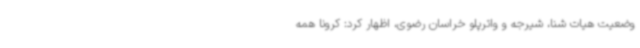
وضعیت هیات شنا، شیرجه و واترپلو خراسان رضوی، اظهار کرد: کرونا همه